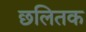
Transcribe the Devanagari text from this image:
छलितक